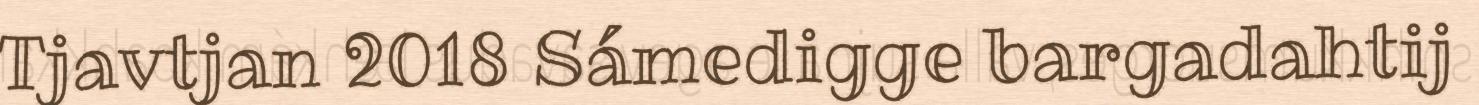
Tjavtjan 2018 Sámedigge bargadahtij